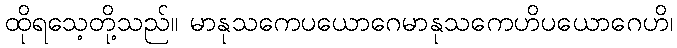
ထိုရသေ့တို့သည်။ မာနုသကေပယောဂေမာနုသကေဟိပယောဂေဟိ၊